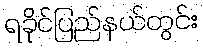
ရခိုင်ပြည်နယ်တွင်း